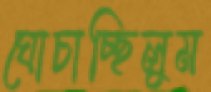
ঘোচাচ্ছিলুম